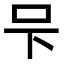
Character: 𭆼